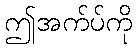
ဤအက်ပ်ကို